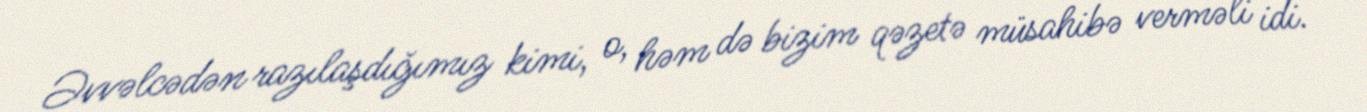
Əvvəlcədən razılaşdığımız kimi, o, həm də bizim qəzetə müsahibə verməli idi.